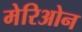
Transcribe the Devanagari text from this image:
मेरिओन